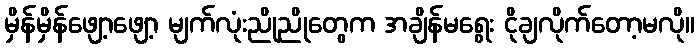
မှိန်မှိန်ဖျော့ဖျော့ မျက်လုံးညိုညိုတွေက အချိန်မရွေး ငိုချလိုက်တော့မလို။